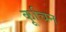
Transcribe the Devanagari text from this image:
कूचिन